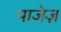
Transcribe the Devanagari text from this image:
पाजेज़